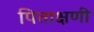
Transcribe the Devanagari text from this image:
पिताक्षणी